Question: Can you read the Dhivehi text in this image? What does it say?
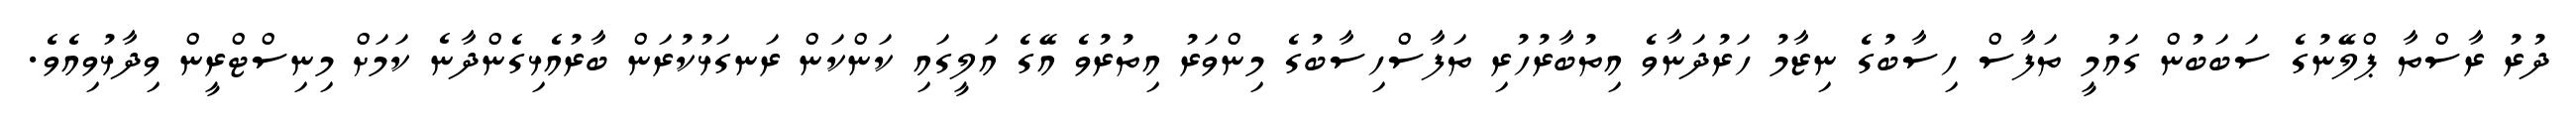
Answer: ދުރު ރާސްތާ ޕްލޭނުގެ ސަބަބުން ގައުމީ ތަފާސް ހިސާބުގެ ނިޒާމު ހަރުދަނާވެ އިތުބާރުހުރި ތަފާސްހިސާބުގެ މިންވަރު އިތުރުވެ އޭގެ އަލީގައި ކަންކަން ރަނގަޅުކުރަން ބާރުއެޅިގެންދާނެ ކަމަށް މިނިސްޓްރީން ވިދާޅުވިއެވެ.